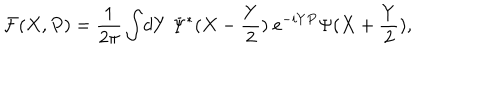
{ \cal F } ( X , P ) = { \frac { 1 } { 2 \pi } } \int \! d Y ~ \Psi ^ { * } ( X - { \frac { Y } { 2 } } ) ~ e ^ { - i Y P } \Psi ( X + { \frac { Y } { 2 } } ) ,